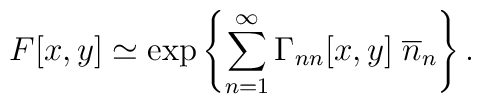
F[x,y] \simeq \exp\left\{\sum^\infty_{n=1} \Gamma_{nn}[x,y] \;\overline{n}_n\right\}.